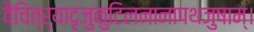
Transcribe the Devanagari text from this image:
वैचित्र्यादृजुकुटिलनानापथजुषाम्।